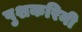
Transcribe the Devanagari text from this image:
पुशकरिनी